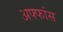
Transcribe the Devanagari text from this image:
अफ्फांस